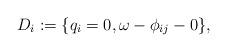
LaTeX: \begin{align*} D_i := \{ q_i = 0, \omega - \phi_{i j} - 0 \},\end{align*}